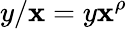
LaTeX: y/\mathbf{x}=y\mathbf{x}^{\rho}